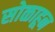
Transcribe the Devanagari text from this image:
सोळाहून